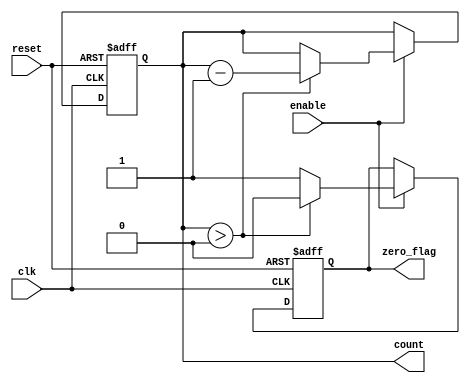
module MemoryBlocksDownCounter (
    input wire clk,           // Clock input
    input wire reset,         // Asynchronous reset input
    input wire enable,        // Enable signal for counting
    output reg [3:0] count,   // Current count output (4 bits for counting down from 15)
    output reg zero_flag      // Zero flag output
);

    // Initial count value
    parameter INITIAL_VALUE = 4'd15;

    // Asynchronous reset behavior
    always @(posedge clk or posedge reset) begin
        if (reset) begin
            count <= INITIAL_VALUE;  // Reset the count to INITIAL_VALUE
            zero_flag <= 1'b0;        // Clear the zero flag
        end else if (enable) begin
            if (count > 0) begin
                count <= count - 1;   // Decrement count
                zero_flag <= 1'b0;      // Clear zero flag
            end else begin
                zero_flag <= 1'b1;      // Set zero flag if count reaches 0
            end
        end
        // When enable is low, count holds its value and zero_flag remains unchanged
    end

endmodule